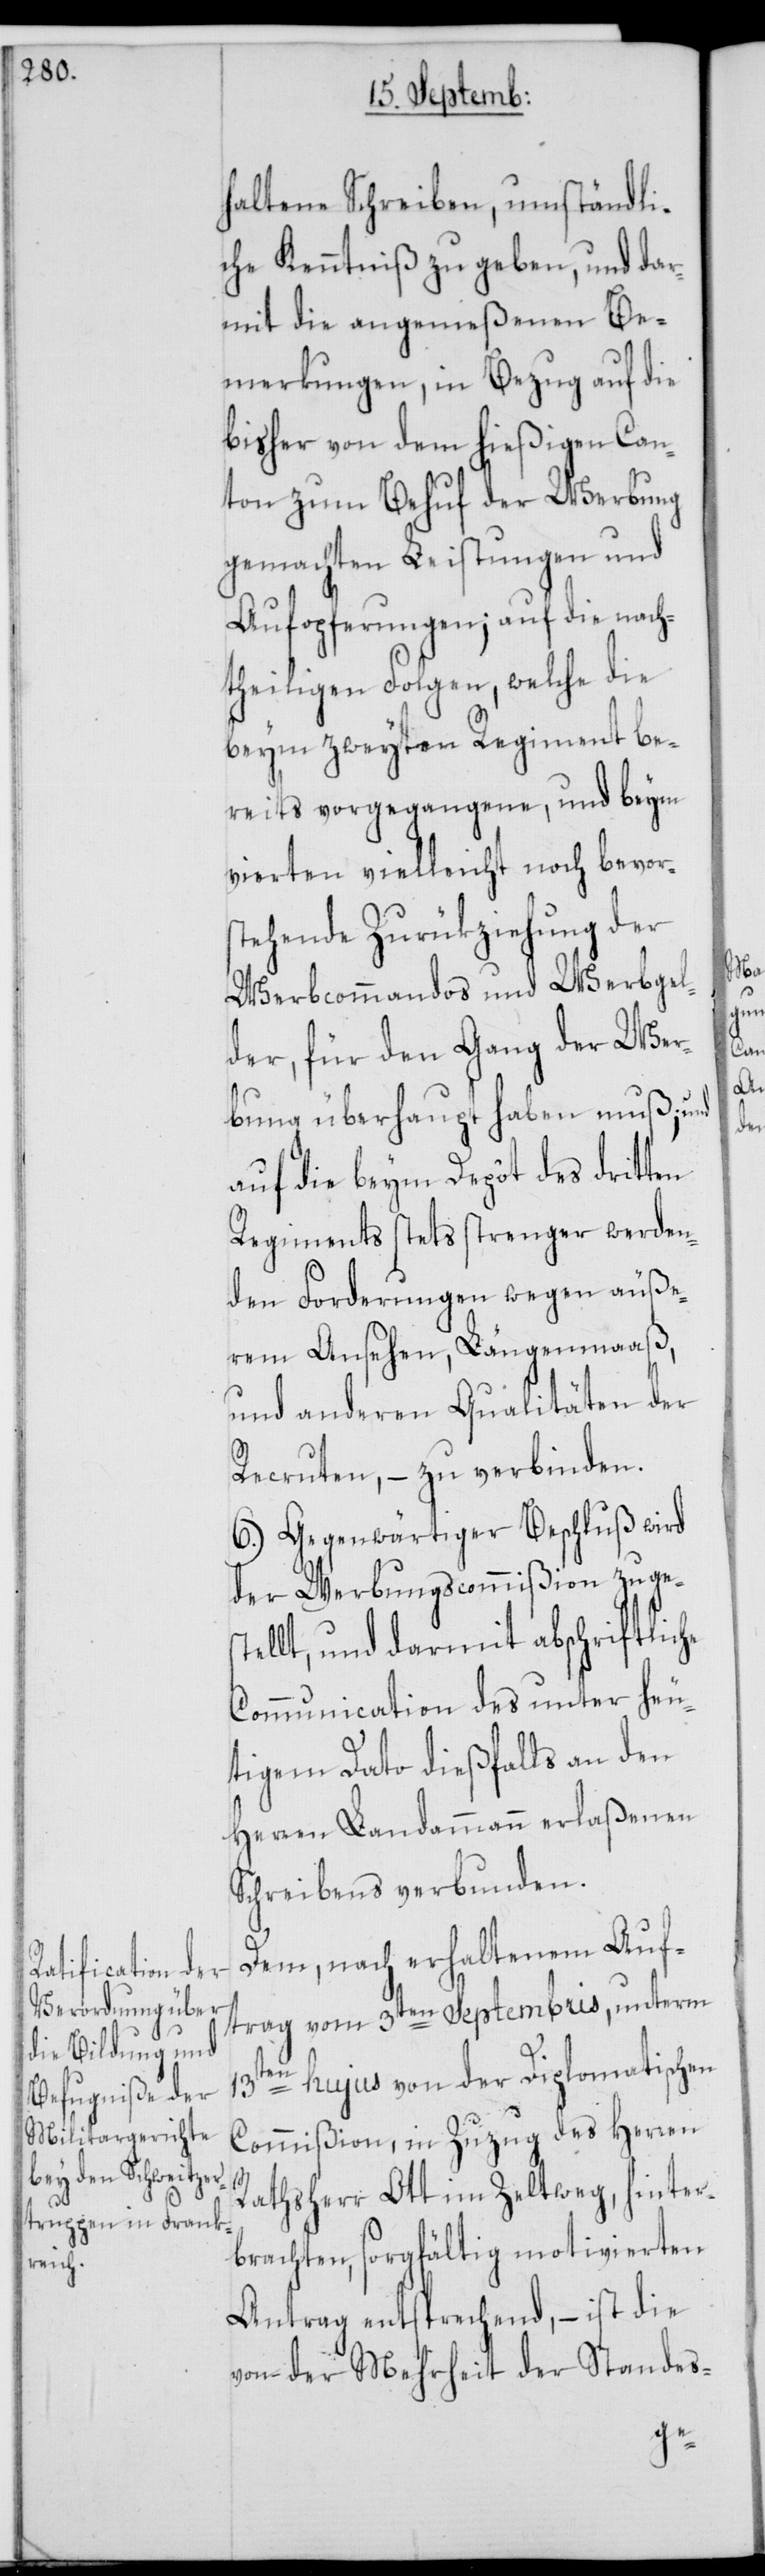
haltene Schreiben, umständli¬
che Kenntniß zu geben, und dar¬
mit die angemeßenen Be¬
merkungen, in Bezug auf die
bisher von dem hießigen Can¬
ton zum Behuf der Werbung
gemachten Leistungen und
Aufopferungen; auf die nach¬
theiligen Folgen, welche die
beym zweyten Regiment be¬
reits vorgegangene, und beym
vierten vielleicht noch bevors¬
tehende Zurükziehung der
Werbcommandos und Werbgel¬
der, für den Gang der Wer¬
bung überhaupt haben muß; und
auf die beym Depôt des dritten
Regiments stets strenger werden¬
den Forderungen wegen äuße¬
rem Ansehen, Längenmaaß
und anderen Qualitäten der
Recruten, – zu verbinden.
6.) Gegenwärtiger Beschluß wird
der Werbungscommißion zugest¬
ellt, und darmit abschriftliche
Communication des unter heu¬
tigem Dato dießfalls an den
Herren Landammann erlaßenen
Schreibens verbunden.
Dem, nach erhaltenem Auf¬
trag vom 3ten Septembris, unterm
13ten hujus von der Diplomatischen
Commißion, in Zuzug des Herren
Rathsherr Ott im Zeltweg, hinter¬
brachten, sorgfältig motivierten
Antrag entsprechend, – ist die
von der Mehrheit der Standes-